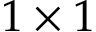
1 \times 1